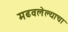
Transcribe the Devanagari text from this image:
मढवलेल्याचा